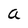
Character: a